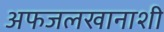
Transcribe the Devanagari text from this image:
अफजलखानाशी